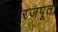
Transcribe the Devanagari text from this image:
रजपूतो